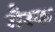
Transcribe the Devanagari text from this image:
गैस्क